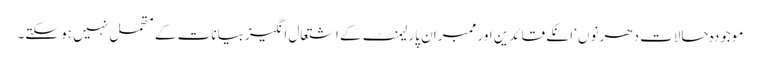
موجودہ حالات دھرنوں‘ انکے قائدین اور ممبران پارلیمنٹ کے اشتعال انگیز بیانات کے متحمل نہیں ہو سکتے۔